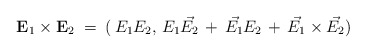
\begin{align*}{\bf E}_1 \times {\bf E}_2 \; = \; (\,E_1 E_2, \, E_1 \vec{E_2}\, + \, \vec{E_1}E_2 \, + \, \vec{E_1} \times \vec{E_2})\end{align*}